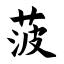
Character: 菠